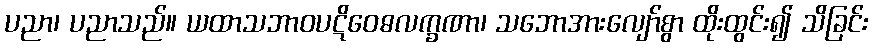
ပညာ၊ ပညာသည်။ ယထာသဘာဝပဋိဝေဓလက္ခဏာ၊ သဘောအားလျော်စွာ ထိုးထွင်း၍ သိခြင်း